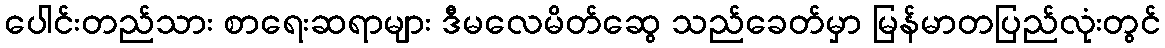
ပေါင်းတည်သား စာရေးဆရာများ ဒီမလေမိတ်ဆွေ သည်ခေတ်မှာ မြန်မာတပြည်လုံးတွင်